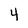
Character: 4